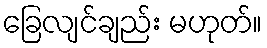
ခြေလျင်ချည်း မဟုတ်။